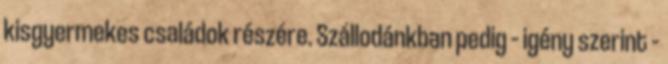
kisgyermekes családok részére. Szállodánkban pedig – igény szerint –